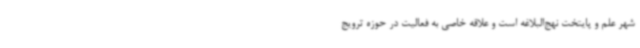
شهر علم و پایتخت نهج‌البلاغه است و علاقه خاصی به فعالیت در حوزه ترویج